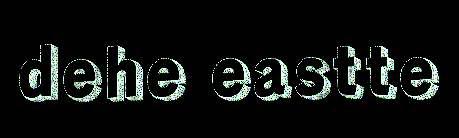
dehe eastte